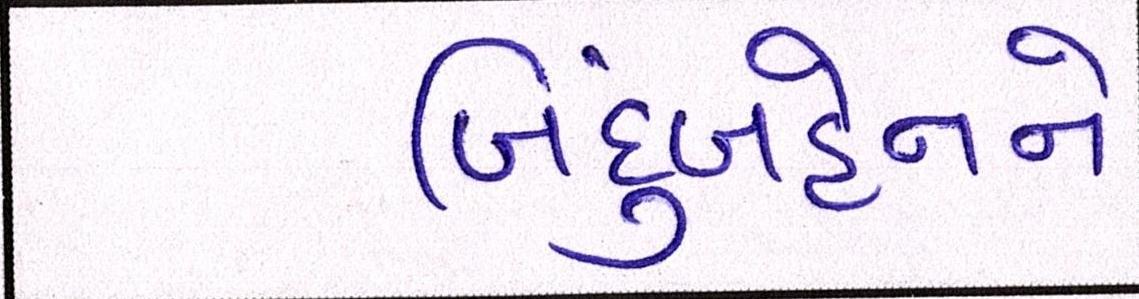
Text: બિંદુબહેનને